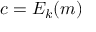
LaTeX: c = E _ { k } ( m )